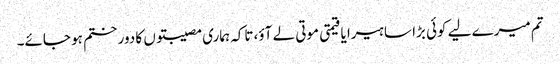
تم میرے لیے کوئی بڑا سا ہیرا یا قیمتی موتی لے آؤ، تاکہ ہماری مصیبتوں کا دور ختم ہو جائے۔